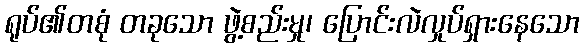
ရုပ်၏တစုံ တခုသော ဖွဲ့စည်းမှု၊ ပြောင်းလဲလှုပ်ရှားနေသော